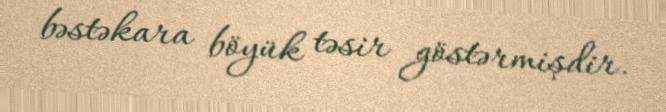
bəstəkara böyük təsir göstərmişdir.